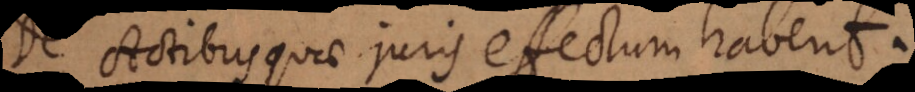
De Actibus quae juris effectum habent.